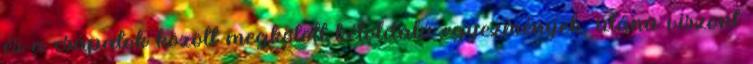
és a csapatok között megkötött kétoldalú egyezmények, utána viszont